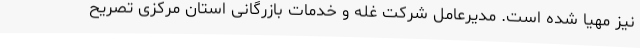
نیز مهیا شده است. مدیرعامل شرکت غله و خدمات بازرگانی استان مرکزی تصریح